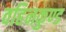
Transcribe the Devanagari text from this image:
वहिनकुण्ड